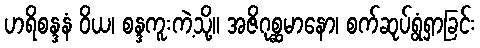
ဟရိစန္ဒနံ ဝိယ၊ စန္ဒကူးကဲ့သို့။ အဇိဂုစ္ဆမာနော၊ စက်ဆုပ်ရွံရှာခြင်း